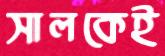
সালকেই